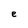
Character: e